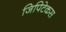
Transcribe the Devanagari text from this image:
जिपिटेकस